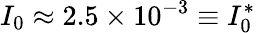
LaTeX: I_{0}\approx 2.5\times 10^{-3}\equiv I_{0}^{*}